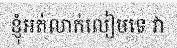
ខ្ញុំអត់លាក់លៀមទេ វា